system: You are a helpful assistant.
user:
Analyze the provided spectrum to determine if it is a **"Cataclysmic Variables (CV)"**.

- **Key Indicators for CV (Check for either state):**
    - **State 1: Quiescent / Low-State (Emission-Dominated)**
        - **(Primary):** Strong and *very broad* Hydrogen Balmer emission lines (e.g., $H\alpha$ at 6563 Å, $H\beta$ at 4861 Å). The 'broadness' (high velocity dispersion, often FWHM > 1000 km/s) is the key diagnostic, indicating a high-velocity accretion disk.
        - **(Secondary):** Broad neutral Helium (He I) emission lines (e.g., 5876 Å, 6678 Å).
        - **(Key Confirmation):** Presence of high-excitation *ionized* Helium (He II) emission at 4686 Å. This is a strong indicator of accretion onto a white dwarf.
        - **(Line Profile):** Emission lines may exhibit a 'double-peaked' profile, which is a classic signature of a rotating accretion disk viewed at high inclination.

    - **State 2: Outburst / High-State (Absorption-Dominated)**
        - **(Primary):** Spectrum is dominated by a bright, blue continuum (looks like a hot star).
        - **(Secondary):** The emission lines from State 1 are weak, absent, or 'filled in', and are replaced by broad, shallow *absorption* lines (primarily Balmer and He I).
        - **(Morphology):** The overall spectrum mimics a hot B/A-type star. The crucial difference is that the absorption lines are significantly broader, shallower, and more 'washed-out' (or 'smeared') than the sharp lines of a normal stellar photosphere, due to high rotational speeds and pressure broadening in the disk.

Think first, call **spectral_visualization_tool** if needed to examine features in detail, then provide your final answer. Your response must adhere to the following strict rules:
1.  **Overall Structure:** Your response must follow the format `<think>...</think> <tool_call>...</tool_call> (if a tool is used) <answer>...</answer>`.
2.  **Tool Usage Constraint:** You may only make **one** tool call per turn.
3.  **Final Answer Format:** In the `<answer>` tag, your conclusion must be inside a `\boxed{}` command (e.g., `\boxed{YES}`), followed by your justification.

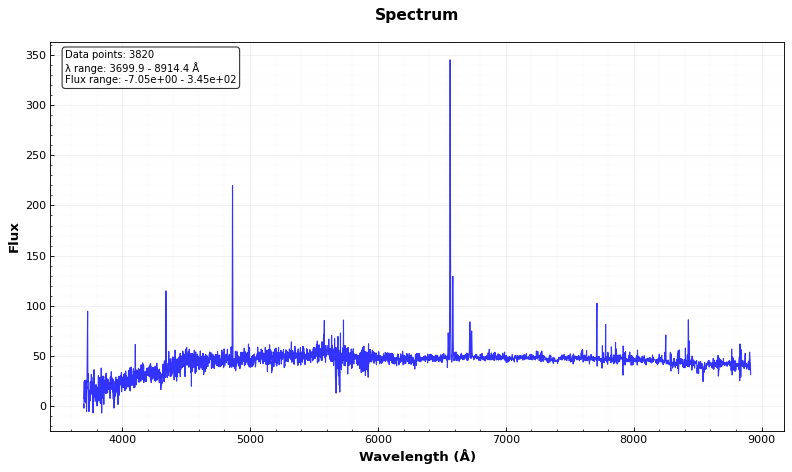
Answer: NO